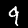
Digit: 9